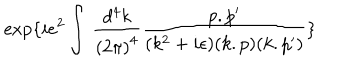
\exp \{ i e ^ { 2 } \int \, \frac { d ^ { 4 } k } { { ( 2 \pi ) } ^ { 4 } } \frac { p . p ^ { \prime } } { ( k ^ { 2 } + i \epsilon ) ( k . p ) ( k . p ^ { \prime } ) } \}